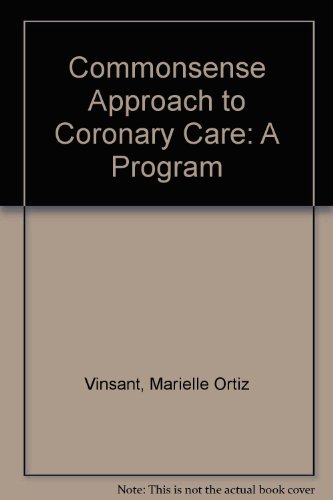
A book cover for Commonsense Approach to Coronary Care: A Program; Marielle Ortiz Vinsant; Medical Books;